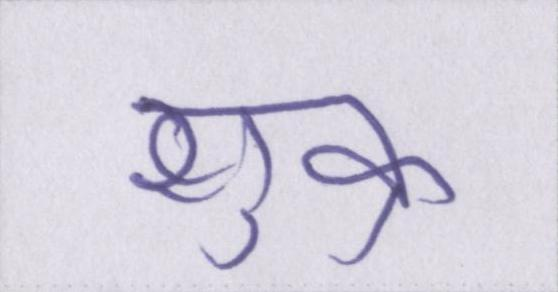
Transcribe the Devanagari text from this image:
शुक्र